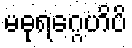
မဓုရဂ္ဂေဟိပိ